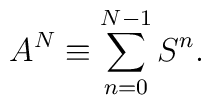
A^N\equiv \sum_{n=0}^{N-1}S^n.